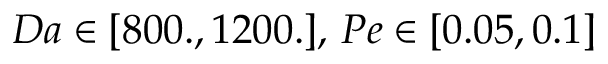
D a \in [ 8 0 0 . , 1 2 0 0 . ] , \, P e \in [ 0 . 0 5 , 0 . 1 ]